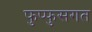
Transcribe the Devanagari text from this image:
फुप्फुसगत